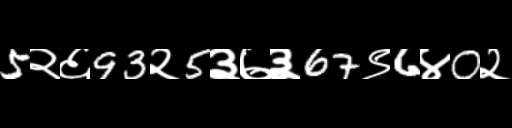
Text: 5२६93२5३७३67९6४0२